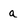
Character: a